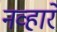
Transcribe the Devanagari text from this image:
नव्हारे